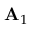
{ \bf A } _ { 1 }